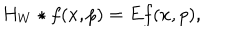
H _ { W } \star f ( x , p ) = E f ( x , p ) ,